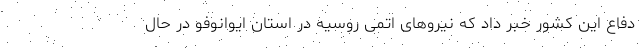
دفاع این کشور خبر داد که نیروهای اتمی روسیه در استان ایوانوفو در حال